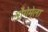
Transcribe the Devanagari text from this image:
गौगेमेला